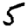
Digit: 5